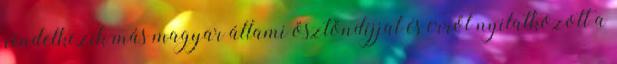
rendelkezik más magyar állami ösztöndíjjal és erről nyilatkozott a